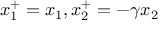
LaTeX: x _ { 1 } ^ { + } = x _ { 1 } , x _ { 2 } ^ { + } = - \gamma x _ { 2 }